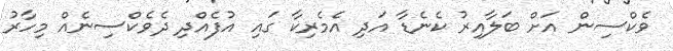
ވެކްސިން އަށް ބަލާއިރު ކެނެޑާ އަދި އެމެރިކާ ގައި އުފެއްދި ދެވެކްސިނެއް މިހާރު